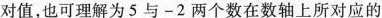
对值，也可理解为5与-2两个数在数轴上所对应的